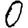
Digit: 0